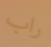
راب